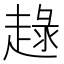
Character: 趢